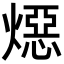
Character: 𪹪